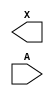
module sky130_fd_sc_ms__dlymetal6s6s (
    X,
    A
);

    output X;
    input  A;

    // Voltage supply signals
    supply1 VPWR;
    supply0 VGND;
    supply1 VPB ;
    supply0 VNB ;

endmodule